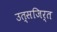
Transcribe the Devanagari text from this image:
उत्सजिर्त